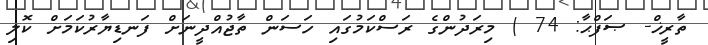
ތާރީޚް- ޞަފްޙާ: 74 ) މިރަދުންގެ ރަސްކަމުގައި ހަސަން ތާޖުއްދީނަށް ފަނޑިޔާރުކަމަށް ކޮލި